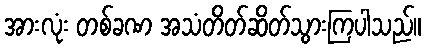
အားလုံး တစ်ခဏ အသံတိတ်ဆိတ်သွားကြပါသည်။